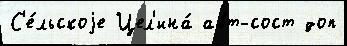
С'е́льскоjе Цел'ина́ авт-сост доп